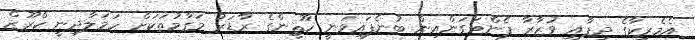
އެމެރިކާގެ ދިފާއީ ވުޒާރާ ޕެންޓަގަންއިން ބުނެފައިވަނީ ހޫޘީންގެ ރާޑަރު މަގާމުތަކަށް ހަމަލާދިނީ ކްރޫޒް